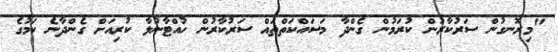
"މިރޮނގުން ސަރުކާރުން ކުރަމުން ގެންދާ މަސައްކަތްތައް ސަރުކާރުން ހުއްޓާނުލާ ކުރިއަށް ގެންދާނެ ކަމުގެ